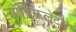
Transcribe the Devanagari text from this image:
ऑक्झिलेटने